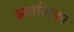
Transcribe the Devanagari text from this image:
अलशिफा